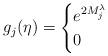
LaTeX: \begin{align*} g_j(\eta) = \begin{cases} e^{2M^\lambda_j}&\\0& \end{cases}\end{align*}